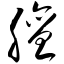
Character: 膻